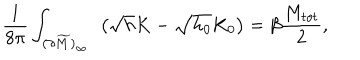
{ \frac { 1 } { 8 \pi } } \int _ { ( \partial \widetilde M ) _ { \infty } } \ \left( \sqrt { h } K - \sqrt { h _ { 0 } } K _ { 0 } \right) = \beta { \frac { M _ { t o t } } { 2 } } ,